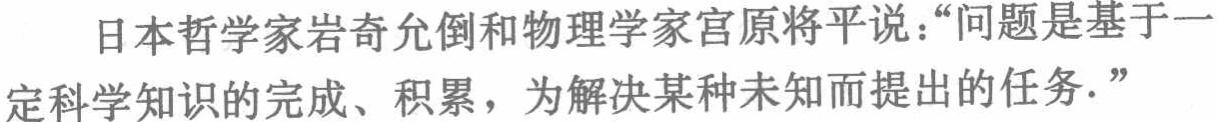
日本哲学家岩奇允倒和物理学家宫原将平说：“问题是基于一
定科学知识的完成、积累，为解决某种未知而提出的任务.”